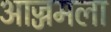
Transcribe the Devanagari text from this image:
आज्जमला